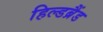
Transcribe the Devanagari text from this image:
हिल्डब्रैंड